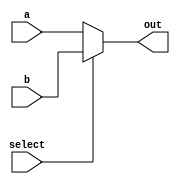
module MUX (
    select,
    a,
    b,
    out
);
parameter WORD_RANGE = 16;
input select;
input [WORD_RANGE-1:0] a;
input [WORD_RANGE-1:0] b;
output reg [WORD_RANGE-1:0] out;

integer i;
always @(select, a, b) begin
    if (~select) begin
        out = a;
    end else begin
        out = b;
    end
end

    
endmodule